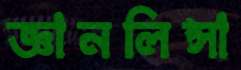
জ্ঞানলিপ্সা